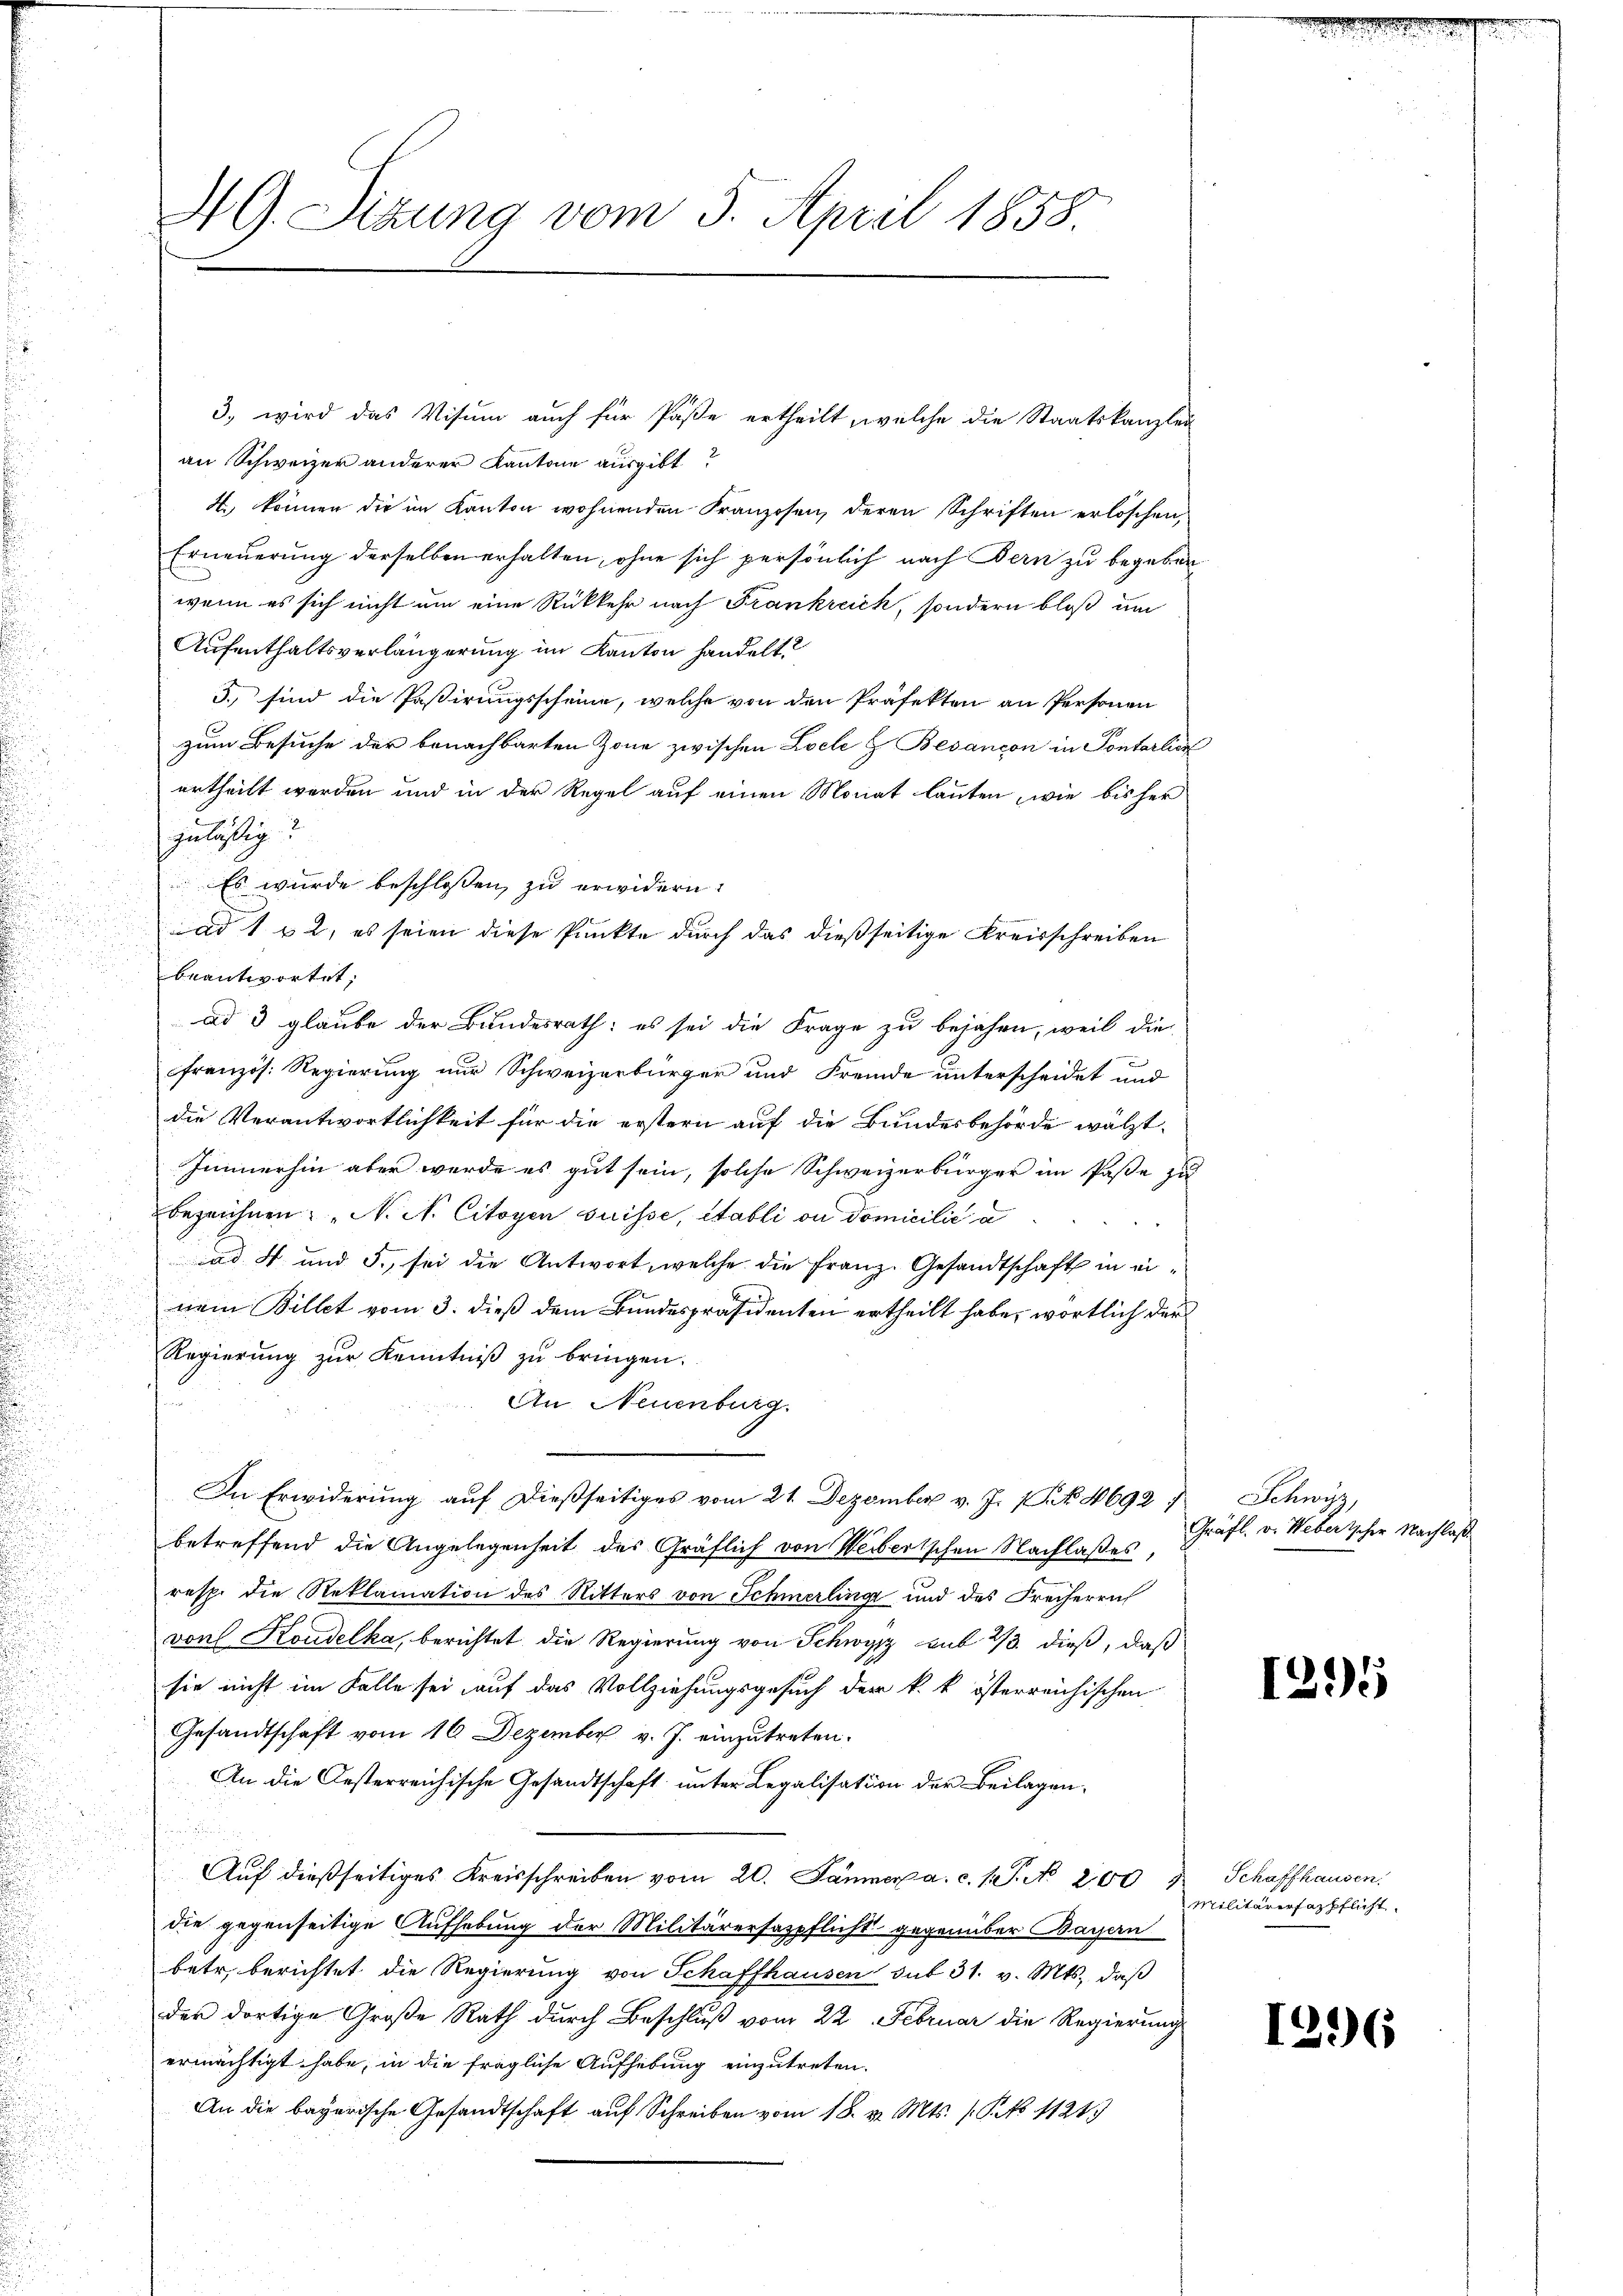
i
u

3., wird das Visum auch für Päße ertheilt, welche die Staatskanzlei
an Schweizer anderer Kantone ausgibt?
4. können die im Kanton wohnenden Franzosen, deren Schriften erlöschen,
Erneuerung derselben erhalten, ohne sich persönlich nach Bern zu begeben
wenn es sich nicht um eine Rückkehr nach Frankreich, sondern bloß um
Aufenthaltsverlängerung im Kanton handelt?
3. sind die Passirungsscheine, welche von den Präfekten an Personen
zum Besuche der benachbarten Zone zwischen Loele & Besançon in Pontarlin
urtheilt werden und in der Regel auf einen Monat lauten, wie bisher
zuläßig?
ad 1 u 2, es seien diese Punkte durch das dießseitige Kreisschreiben
n
beantwortet;
ad 3 glaube der Bundesrath: es sei die Frage zu bejahen, weil die
.
Französ. Regierung nur Schweizerbürger und Fremde unterscheidet und
die Verantwortlichkeit für die erstern auf die Bundesbehörde wälzt
Immerhin aber werde es gut sein, solche Schweizerbürger im Paße zu
bezeichnen: „N. N. Citoyen Suisse, Stabli ou domicilii a
i
ad 4 und 5., sei die Antwort, welche die Franz. Gesandtschaft in einem Billet vom 3. dieß dem Bundespräsidenten ertheilt habe, wörtlich der
Regierung zur Kenntniß zu bringen.
An Neuenburg.
In Erwiderung auf dießseitiges vom 21. Dezember v. J. 1 Frk. 4692 f. Schwyz,
betreffend die Angelegenheit des Gräflich von Weibertschen Nachlaßes,
resp. die Reklamation des Ritters von Schmerlinge und des Freiherrn
von Koudelka, berichtet die Regierung von Schwyz sub 2/3. dieß, daß
sie nicht im Falle sei auf das Vollziehungsgesuch der k. k. österreichischen
Gesandtschaft vom 16. Dezember v. J. einzutreten.
An die Oesterreichische Gesandtschaft unter Legalisation der Beilagenf
Auf dießseitiges Kreisschreiben vom 20. Jammer a. c. (T. No 200 Schaffhausen.
die gegenseitige Aufhebung der Militärersaspflicht gegenüber Bayern
betr. berichtet die Regierung von Schaffhausen sub 31. v. Mts. daβ
der dortige Große Rath durch Beschluß vom 22. Februar die Regierung
ermächtigt habe, in die fragliche Aufhebung einzutreten.
An die bayerische Gesandtschaft auf Schreiben vom 18. v. Mts. 1. P. No 11213

NG. Sitzung vom 5. April 1858.

Es wurde beschlossen, zu erwidern.

Gräfl. v. Webertscher Nachlaß

1295)

Militärirfazpflicht.

1296